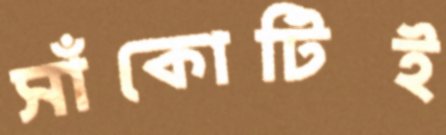
সাঁকোটিই